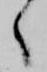
々